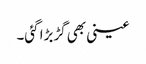
عینی بھی گڑبڑا گئی۔